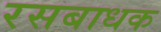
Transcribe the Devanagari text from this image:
रसबाधक